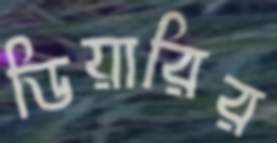
ডিয়ারির